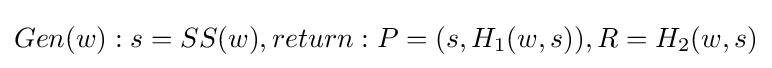
Gen(w):s=SS(w),return:P=(s,H_{1}(w,s)),R=H_{2}(w,s)